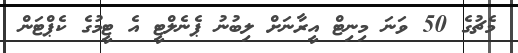
މެޗުގެ 50 ވަނަ މިނިޓް އީރާނަށް ލިބުނު ޕެނެލްޓީ އެ ޓީމުގެ ކެޕްޓަން